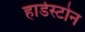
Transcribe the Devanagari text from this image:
हार्डस्टोन